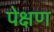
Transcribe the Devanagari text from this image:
पेक्षण